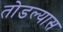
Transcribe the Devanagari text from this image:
तोडल्यास